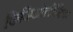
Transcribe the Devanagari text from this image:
फिजिओलॉगिया